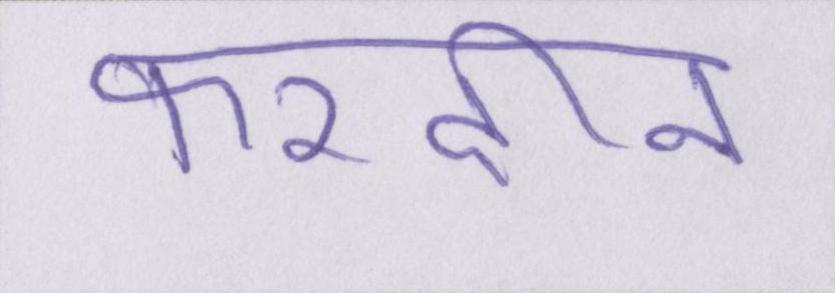
फरदीन